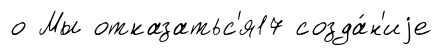
о Мы отказатьс'я17 созда́н'иjе